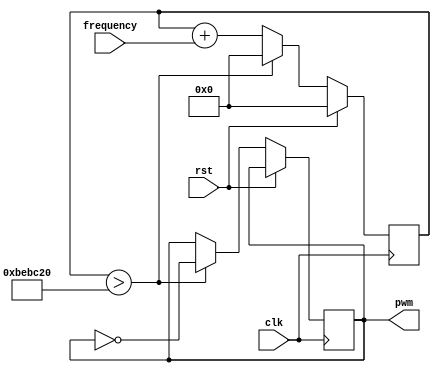
`timescale 1ns / 1ps

//Frekvencit pwm jell talakt modul
module Frequency_To_PWM(
    input clk,											//bejv rajel
    input rst,											//bejv reset vezetk
    input [11:0] frequency,						//bejv frekvencia busz
    output reg pwm = 1								//kimen pwm
    );					
						
reg [23:0] accumulator = 0;						//akkumultor regiszter
						
always@(posedge clk)					
begin					
	if(rst) accumulator <= 0;						//resetelhet
	else if(accumulator > 12500000)				//ha az akkumultor regiszter meghaladja az egy msodpercre jut rajelek szmnak felt...
		begin												
			accumulator <= 0;							//lenullzzuk...
			pwm = ~pwm;									//s a kimen pwm jelet invertljuk
		end
	else 
		accumulator <= accumulator+frequency;	//egybknt mindig hozzadjuk a kvnt frekvencia rtkt
end													

endmodule